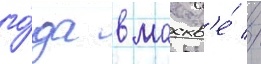
го́да в москв'е́ //